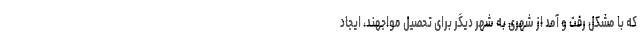
که با مشکل رفت و آمد از شهری به شهر دیگر برای تحصیل مواجهند، ایجاد